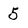
Character: 5